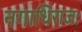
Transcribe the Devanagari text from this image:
नगाधिराजः